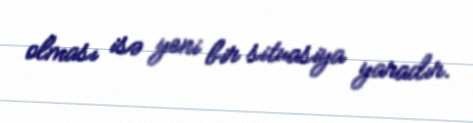
olması isə yeni bir situasiya yaradır.